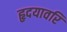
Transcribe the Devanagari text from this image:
हृदयावरि